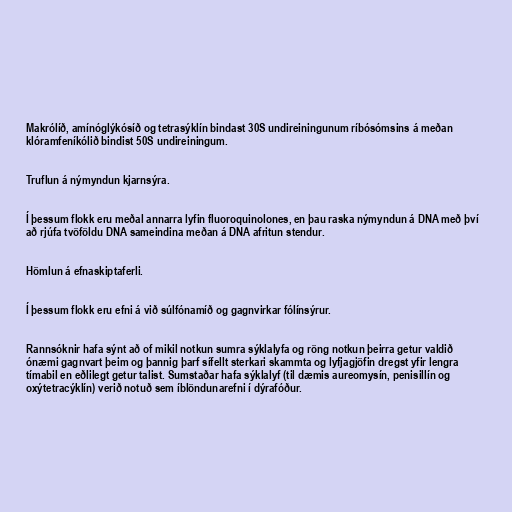
Makrólíð, amínóglýkósíð og tetrasýklín bindast 30S undireiningunum ríbósómsins á meðan
klóramfeníkólið bindist 50S undireiningum.

Truflun á nýmyndun kjarnsýra.

Í þessum flokk eru meðal annarra lyfin fluoroquinolones, en þau raska nýmyndun á DNA með því
að rjúfa tvöföldu DNA sameindina meðan á DNA afritun stendur.

Hömlun á efnaskiptaferli.

Í þessum flokk eru efni á við súlfónamíð og gagnvirkar fólínsýrur.

Rannsóknir hafa sýnt að of mikil notkun sumra sýklalyfa og röng notkun þeirra getur valdið
ónæmi gagnvart þeim og þannig þarf sífellt sterkari skammta og lyfjagjöfin dregst yfir lengra
tímabil en eðlilegt getur talist. Sumstaðar hafa sýklalyf (til dæmis aureomysín, penisillín og
oxýtetracýklín) verið notuð sem íblöndunarefni í dýrafóður.